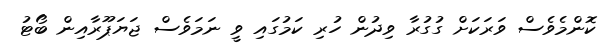
ކޮންމެވެސް ވަރަކަށް ގުގުރާ ވިދުން ހުރި ކަމުގައި ވީ ނަމަވެސް ޖަޔަޕޫރާއިން ބޯޓު